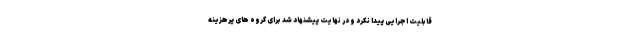
قابلیت اجرایی پیدا نکرد و در نهایت پیشنهاد شد برای گروه های پرهزینه